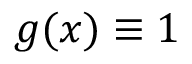
g ( x ) \equiv 1